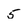
Character: 5